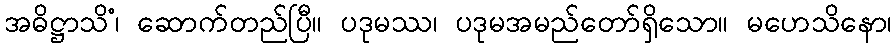
အဓိဋ္ဌာသိံ၊ ဆောက်တည်ပြီ။ ပဒုမဿ၊ ပဒုမအမည်တော်ရှိသော။ မဟေသိနော၊